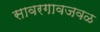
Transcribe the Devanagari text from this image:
सावरगावजवळ